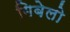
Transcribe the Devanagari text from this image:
गिबेलो